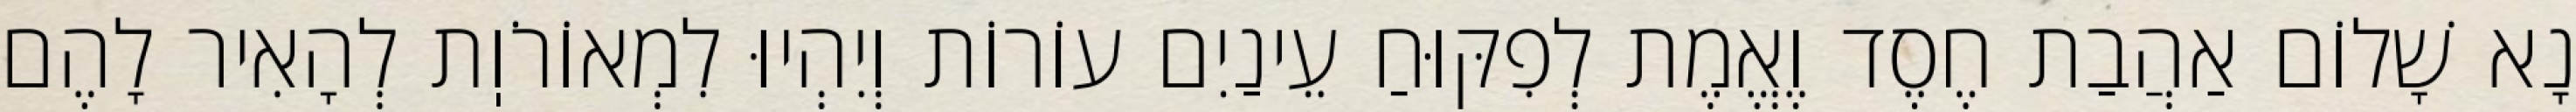
נָא שָׁלוֹם אַהֲבַת חֶסֶד וֶאֱמֶת לְפִקּוּחַ עֵינַיִם עוֹרוֹת וְיִהְיוּ לִמְאוֹרֹוֽת לְהָאִיר לָהֶם